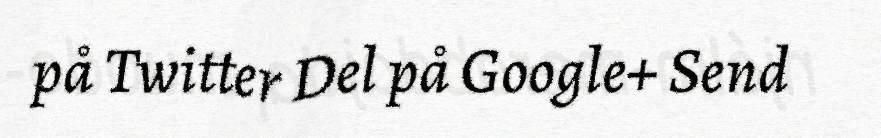
på Twitter Del på Google+ Send